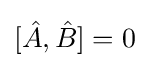
[{\hat {A}},{\hat {B}}]=0